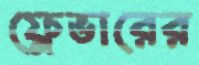
ফ্লেভারের